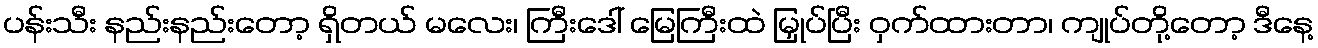
ပန်းသီး နည်းနည်းတော့ ရှိတယ် မလေး၊ ကြီးဒေါ် မြေကြီးထဲ မြှုပ်ပြီး ဝှက်ထားတာ၊ ကျုပ်တို့တော့ ဒီနေ့